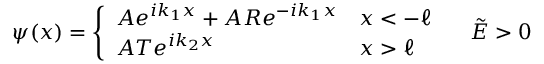
\psi ( x ) = \left\{ \begin{array} { l l } { A e ^ { i k _ { 1 } x } + A R e ^ { - i k _ { 1 } x } } & { x < - \ell } \\ { A T e ^ { i k _ { 2 } x } } & { x > \ell } \end{array} \right. \quad \tilde { E } > 0